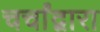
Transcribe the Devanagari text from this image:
चर्चांद्वारा